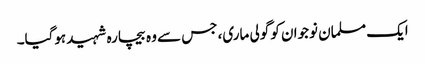
ایک مسلمان نوجوان کو گولی ماری، جس سے وہ بیچارہ شہید ہوگیا۔